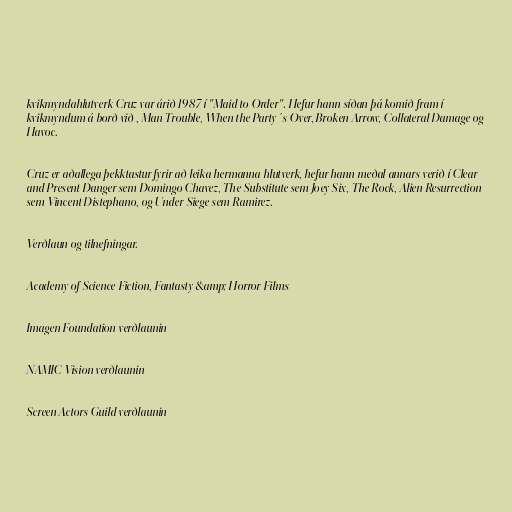
kvikmyndahlutverk Cruz var árið 1987 í "Maid to Order". Hefur hann síðan þá komið fram í
kvikmyndum á borð við , Man Trouble, When the Party´s Over, Broken Arrow, Collateral Damage og
Havoc.

Cruz er aðallega þekktastur fyrir að leika hermanna hlutverk, hefur hann meðal annars verið í Clear
and Present Danger sem Domingo Chavez, The Substitute sem Joey Six, The Rock, Alien Resurrection
sem Vincent Distephano, og Under Siege sem Ramirez.

Verðlaun og tilnefningar.

Academy of Science Fiction, Fantasty &amp; Horror Films

Imagen Foundation verðlaunin

NAMIC Vision verðlaunin

Screen Actors Guild verðlaunin